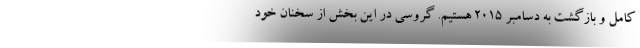
کامل و بازگشت به دسامبر ۲۰۱۵ هستیم. گروسی در این بخش از سخنان خود